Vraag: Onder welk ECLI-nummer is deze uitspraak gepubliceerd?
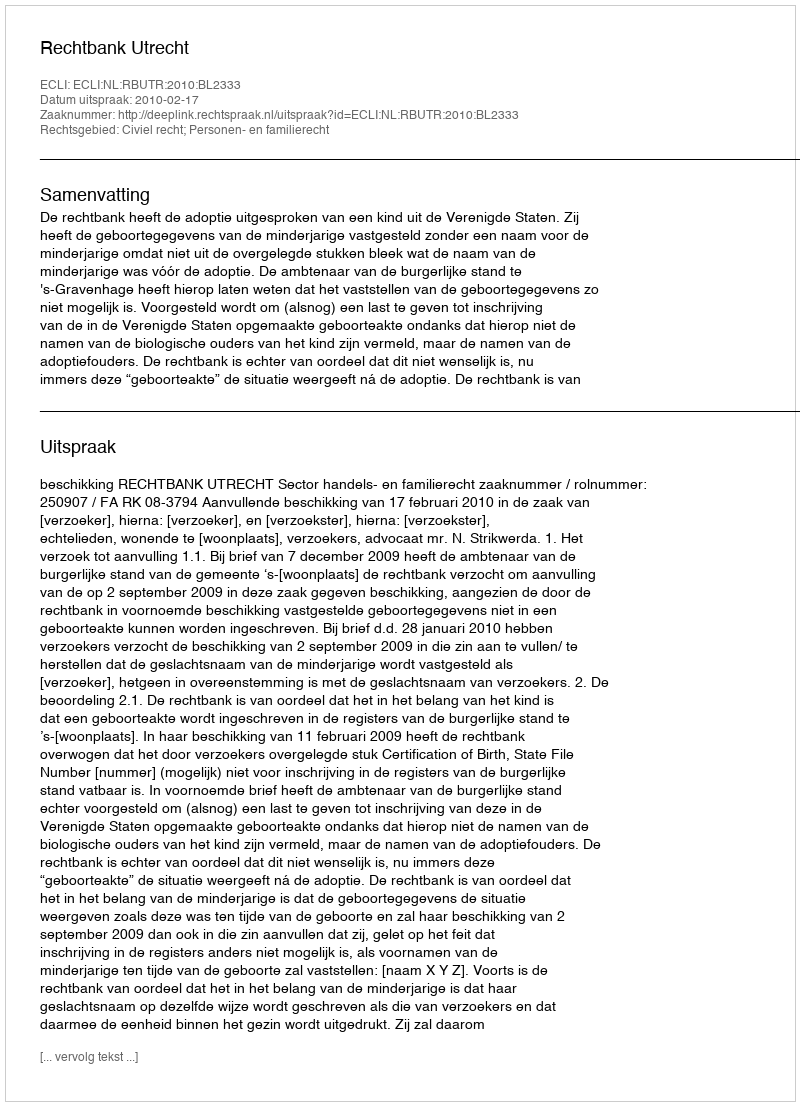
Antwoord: ECLI:NL:RBUTR:2010:BL2333